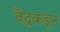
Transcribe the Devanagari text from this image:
वैदूकडून